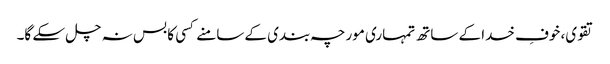
تقوی، خوفِ خدا کے ساتھ تمہاری مورچہ بندی کے سامنے کسی کا بس نہ چل سکے گا۔